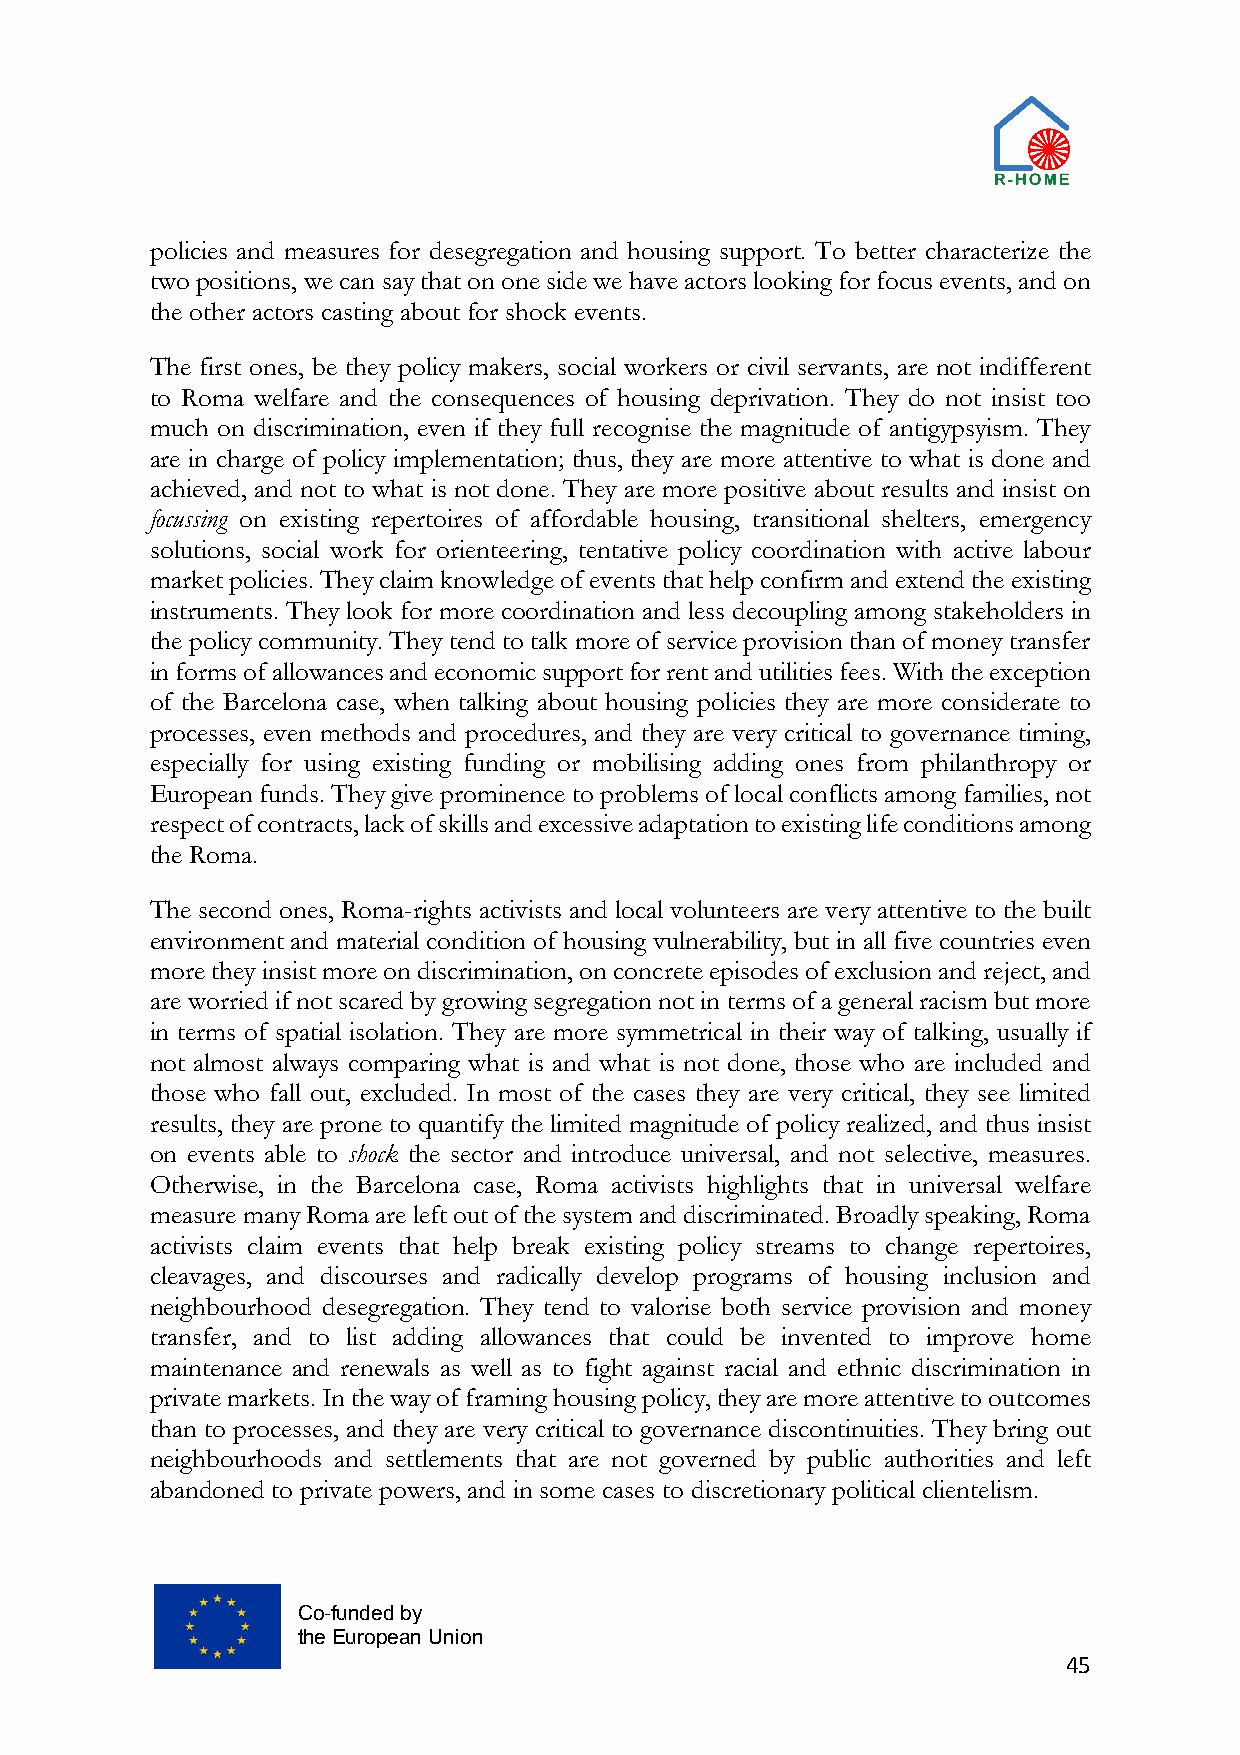
policies and measures for desegregation and housing support. To better characterize the
 two positions, we can say that on one side we have actors looking for focus events, and on
 the other actors casting about for shock events.
 The first ones, be they policy makers, social workers or civil servants, are not indifferent
 to Roma welfare and the consequences of housing deprivation. They do not insist too
 much on discrimination, even if they full recognise the magnitude of antigypsyism. They
 are in charge of policy implementation; thus, they are more attentive to what is done and
 achieved, and not to what is not done. They are more positive about results and insist on
 focussing on existing repertoires of affordable housing, transitional shelters, emergency
 solutions, social work for orienteering, tentative policy coordination with active labour
 market policies. They claim knowledge of events that help confirm and extend the existing
 instruments. They look for more coordination and less decoupling among stakeholders in
 the policy community. They tend to talk more of service provision than of money transfer
 in forms of allowances and economic support for rent and utilities fees. With the exception
 of the Barcelona case, when talking about housing policies they are more considerate to
 processes, even methods and procedures, and they are very critical to governance timing,
 especially for using existing funding or mobilising adding ones from philanthropy or
 European funds. They give prominence to problems of local conflicts among families, not
 respect of contracts, lack of skills and excessive adaptation to existing life conditions among
 the Roma.
 The second ones, Roma-rights activists and local volunteers are very attentive to the built
 environment and material condition of housing vulnerability, but in all five countries even
 more they insist more on discrimination, on concrete episodes of exclusion and reject, and
 are worried if not scared by growing segregation not in terms of a general racism but more
 in terms of spatial isolation. They are more symmetrical in their way of talking, usually if
 not almost always comparing what is and what is not done, those who are included and
 those who fall out, excluded. In most of the cases they are very critical, they see limited
 results, they are prone to quantify the limited magnitude of policy realized, and thus insist
 on events able to shock the sector and introduce universal, and not selective, measures.
 Otherwise, in the Barcelona case, Roma activists highlights that in universal welfare
 measure many Roma are left out of the system and discriminated. Broadly speaking, Roma
 activists claim events that help break existing policy streams to change repertoires,
 cleavages, and discourses and radically develop programs of housing inclusion and
 neighbourhood desegregation. They tend to valorise both service provision and money
 transfer, and to list adding allowances that could be invented to improve home
 maintenance and renewals as well as to fight against racial and ethnic discrimination in
 private markets. In the way of framing housing policy, they are more attentive to outcomes
 than to processes, and they are very critical to governance discontinuities. They bring out
 neighbourhoods and settlements that are not governed by public authorities and left
 abandoned to private powers, and in some cases to discretionary political clientelism.
 Co-funded by
 the European Union
 45